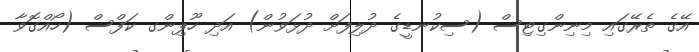
އޭގެ ތެރޭގައި މިނިންގިޓިސް (ސިކުނޑީގެ ދުލިފަށް ދުޅަވުން) އަދި ހޫޕިންގ ކަފްސް (ހޯއްގޮވާ